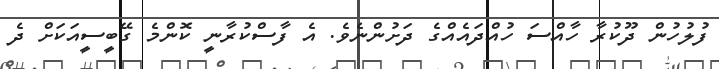
ފުލުހުން ދޫކުރާ ހާއްސަ ހުއްދައެއްގެ ދަށުންނެވެ. އެ ފާސްކުރާނީ ކޮންމެ ގޭބީސީއަކަށް ދެ